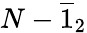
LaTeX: N-\overline{{1}}_{2}